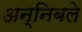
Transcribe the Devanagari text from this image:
अन्निबले